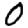
Digit: 0